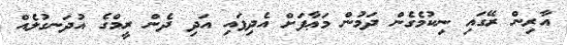
އާރިން ރޭގައި ނިކުމެގެން ދަމުން މަޢާފަށް އެދިފައި އަދި ދެން ރީމްގެ އުދަނގުލެއް